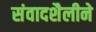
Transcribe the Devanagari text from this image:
संवादशैलीने